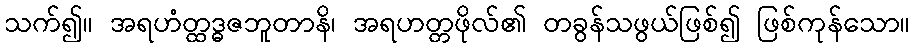
သက်၍။ အရဟံတ္ထဒ္ဓဇဘူတာနိ၊ အရဟတ္တဖိုလ်၏ တခွန်သဖွယ်ဖြစ်၍ ဖြစ်ကုန်သော။